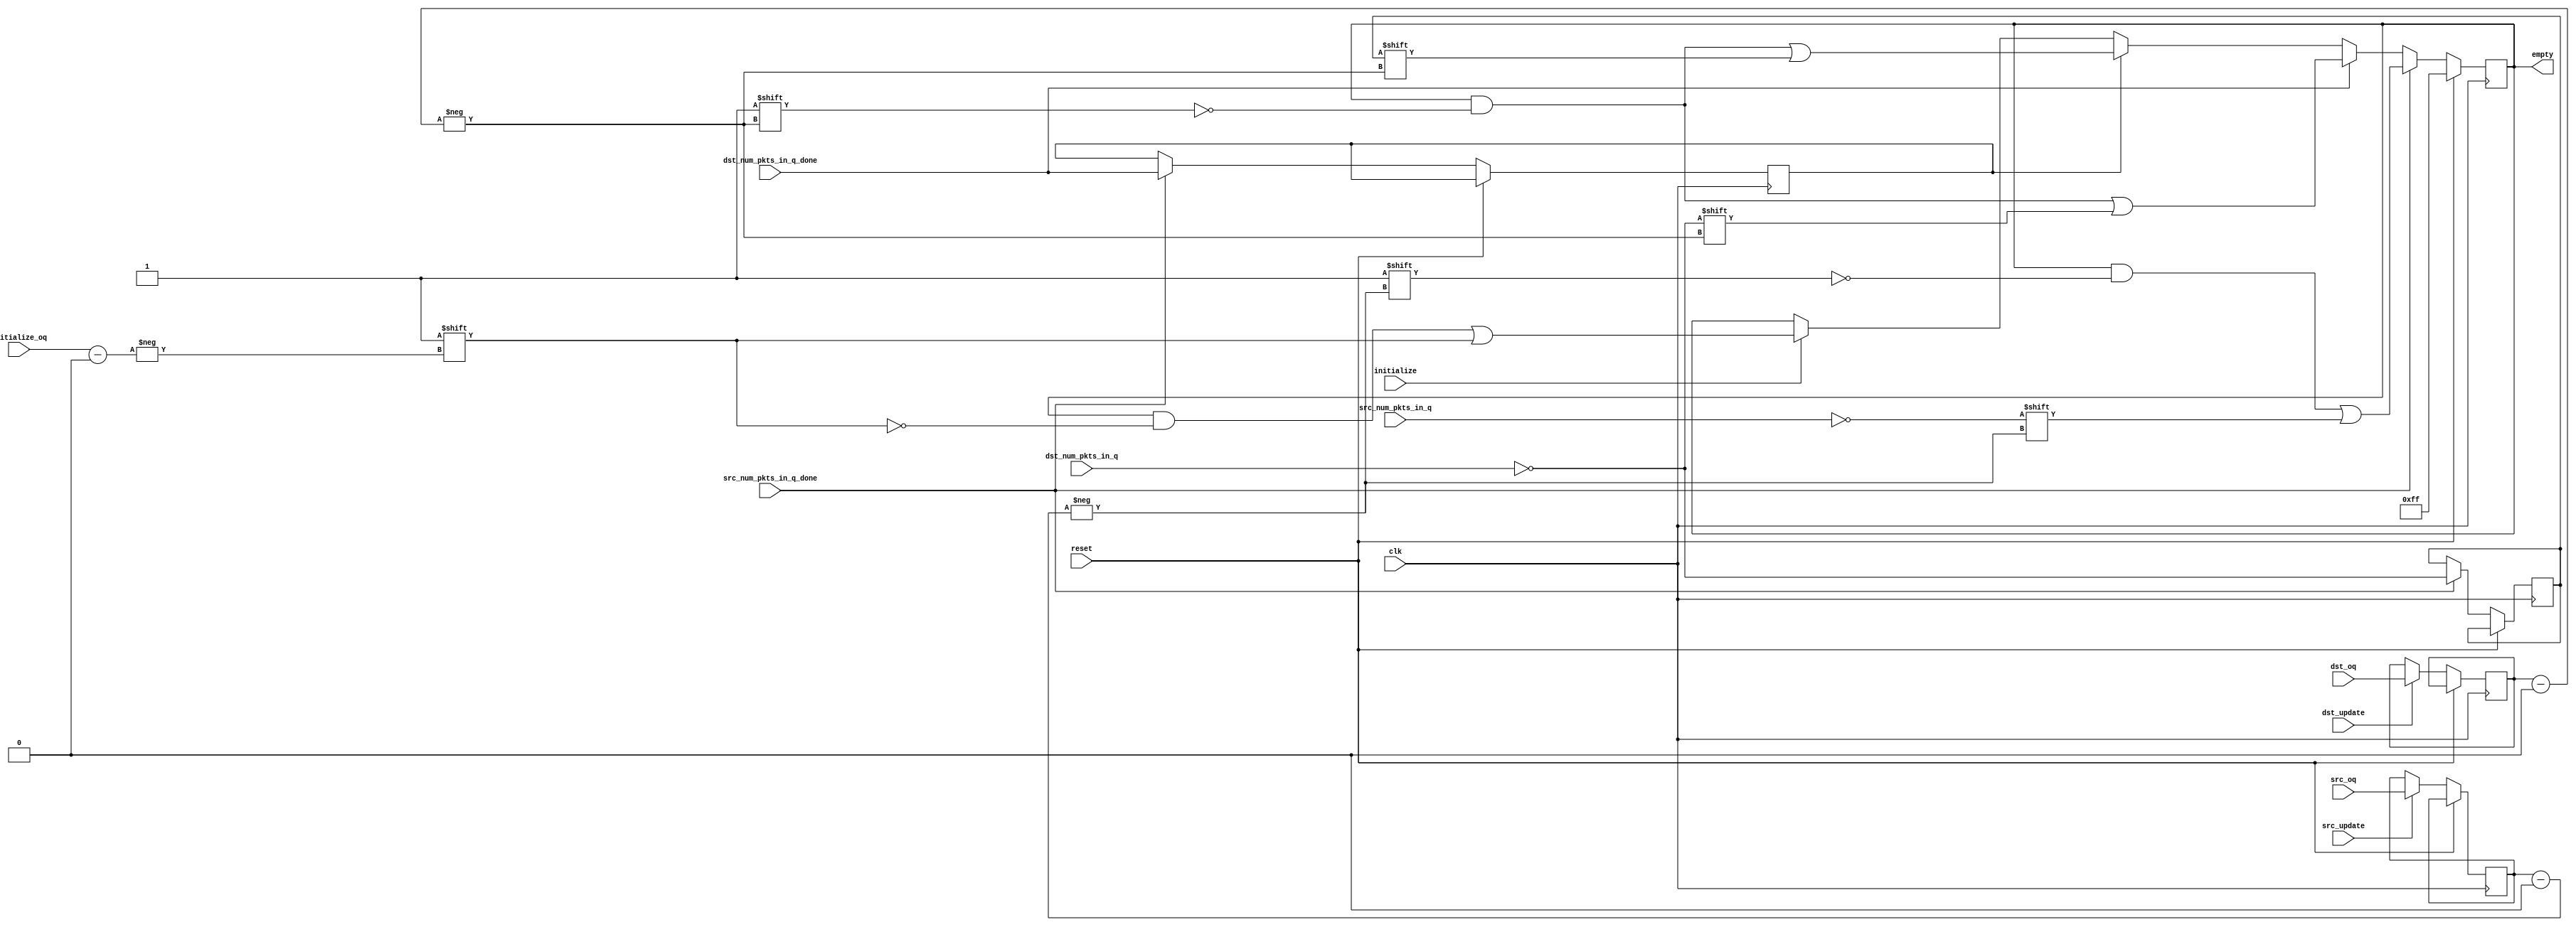
module oq_regs_eval_empty
  #( 
      parameter SRAM_ADDR_WIDTH     = 13,
      parameter CTRL_WIDTH          = 8,
      parameter UDP_REG_SRC_WIDTH   = 2,
      parameter NUM_OUTPUT_QUEUES   = 8,
      parameter NUM_OQ_WIDTH        = log2(NUM_OUTPUT_QUEUES),
      parameter PKT_LEN_WIDTH       = 11,
      parameter PKT_WORDS_WIDTH     = PKT_LEN_WIDTH-log2(CTRL_WIDTH),
      parameter MAX_PKT             = 2048/CTRL_WIDTH,   
      parameter MIN_PKT             = 60/CTRL_WIDTH + 1,
      parameter PKTS_IN_RAM_WIDTH   = log2((2**SRAM_ADDR_WIDTH)/MIN_PKT)
   )
   ( 
      input                               dst_update,
      input [NUM_OQ_WIDTH-1:0]            dst_oq,
      input [PKTS_IN_RAM_WIDTH-1:0]       dst_num_pkts_in_q,
      input                               dst_num_pkts_in_q_done,
      input                               src_update,
      input [NUM_OQ_WIDTH-1:0]            src_oq,
      input [PKTS_IN_RAM_WIDTH-1:0]       src_num_pkts_in_q,
      input                               src_num_pkts_in_q_done,
      input                               initialize,
      input [NUM_OQ_WIDTH-1:0]            initialize_oq,
      output reg [NUM_OUTPUT_QUEUES-1:0]  empty,
      input                               clk,
      input                               reset
   );
   function integer log2;
      input integer number;
      begin
         log2=0;
         while(2**log2<number) begin
            log2=log2+1;
         end
      end
   endfunction 
   wire                    src_empty;
   wire                    dst_empty;
   reg                     dst_empty_held;
   reg [NUM_OQ_WIDTH-1:0]  dst_oq_held;
   reg [NUM_OQ_WIDTH-1:0]  src_oq_held;
   reg                     dst_num_pkts_in_q_done_held;
   assign src_empty = src_num_pkts_in_q == 'h0;
   assign dst_empty = dst_num_pkts_in_q == 'h0;
   always @(posedge clk)
   begin
      if (reset) begin
         empty <= {NUM_OUTPUT_QUEUES{1'b1}};
      end
      else begin
         if (dst_update) begin
            dst_oq_held <= dst_oq;
         end
         if (src_update) begin
            src_oq_held <= src_oq;
         end
         if (src_num_pkts_in_q_done) begin
            empty[src_oq_held] <= src_empty;
            dst_num_pkts_in_q_done_held <= dst_num_pkts_in_q_done;
            dst_empty_held <= dst_empty;
         end
         else if (dst_num_pkts_in_q_done) begin
            empty[dst_oq_held] <= dst_empty;
         end
         else if (dst_num_pkts_in_q_done_held) begin
            empty[dst_oq_held] <= dst_empty_held;
         end
         else if (initialize) begin
            empty[initialize_oq] <= 1'b1;
         end
      end
   end
endmodule